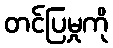
တင်ပြမှုကို